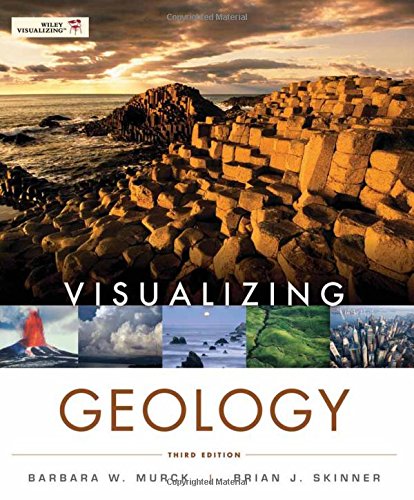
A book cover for Visualizing Geology; Barbara W. Murck; Science & Math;